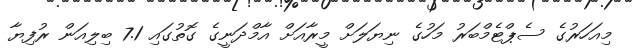
މިއަހަރުގެ ސެޕްޓެމްބަރު މަހުގެ ނިޔަލަށް މީރާއަށް އާމްދަނީގެ ގޮތުގައި 7.1 ބިލިއަން ރުފިޔާ